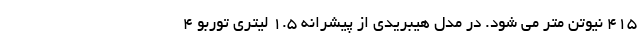
415 نیوتن متر می شود. در مدل هیبریدی از پیشرانه 1.5 لیتری توربو 4